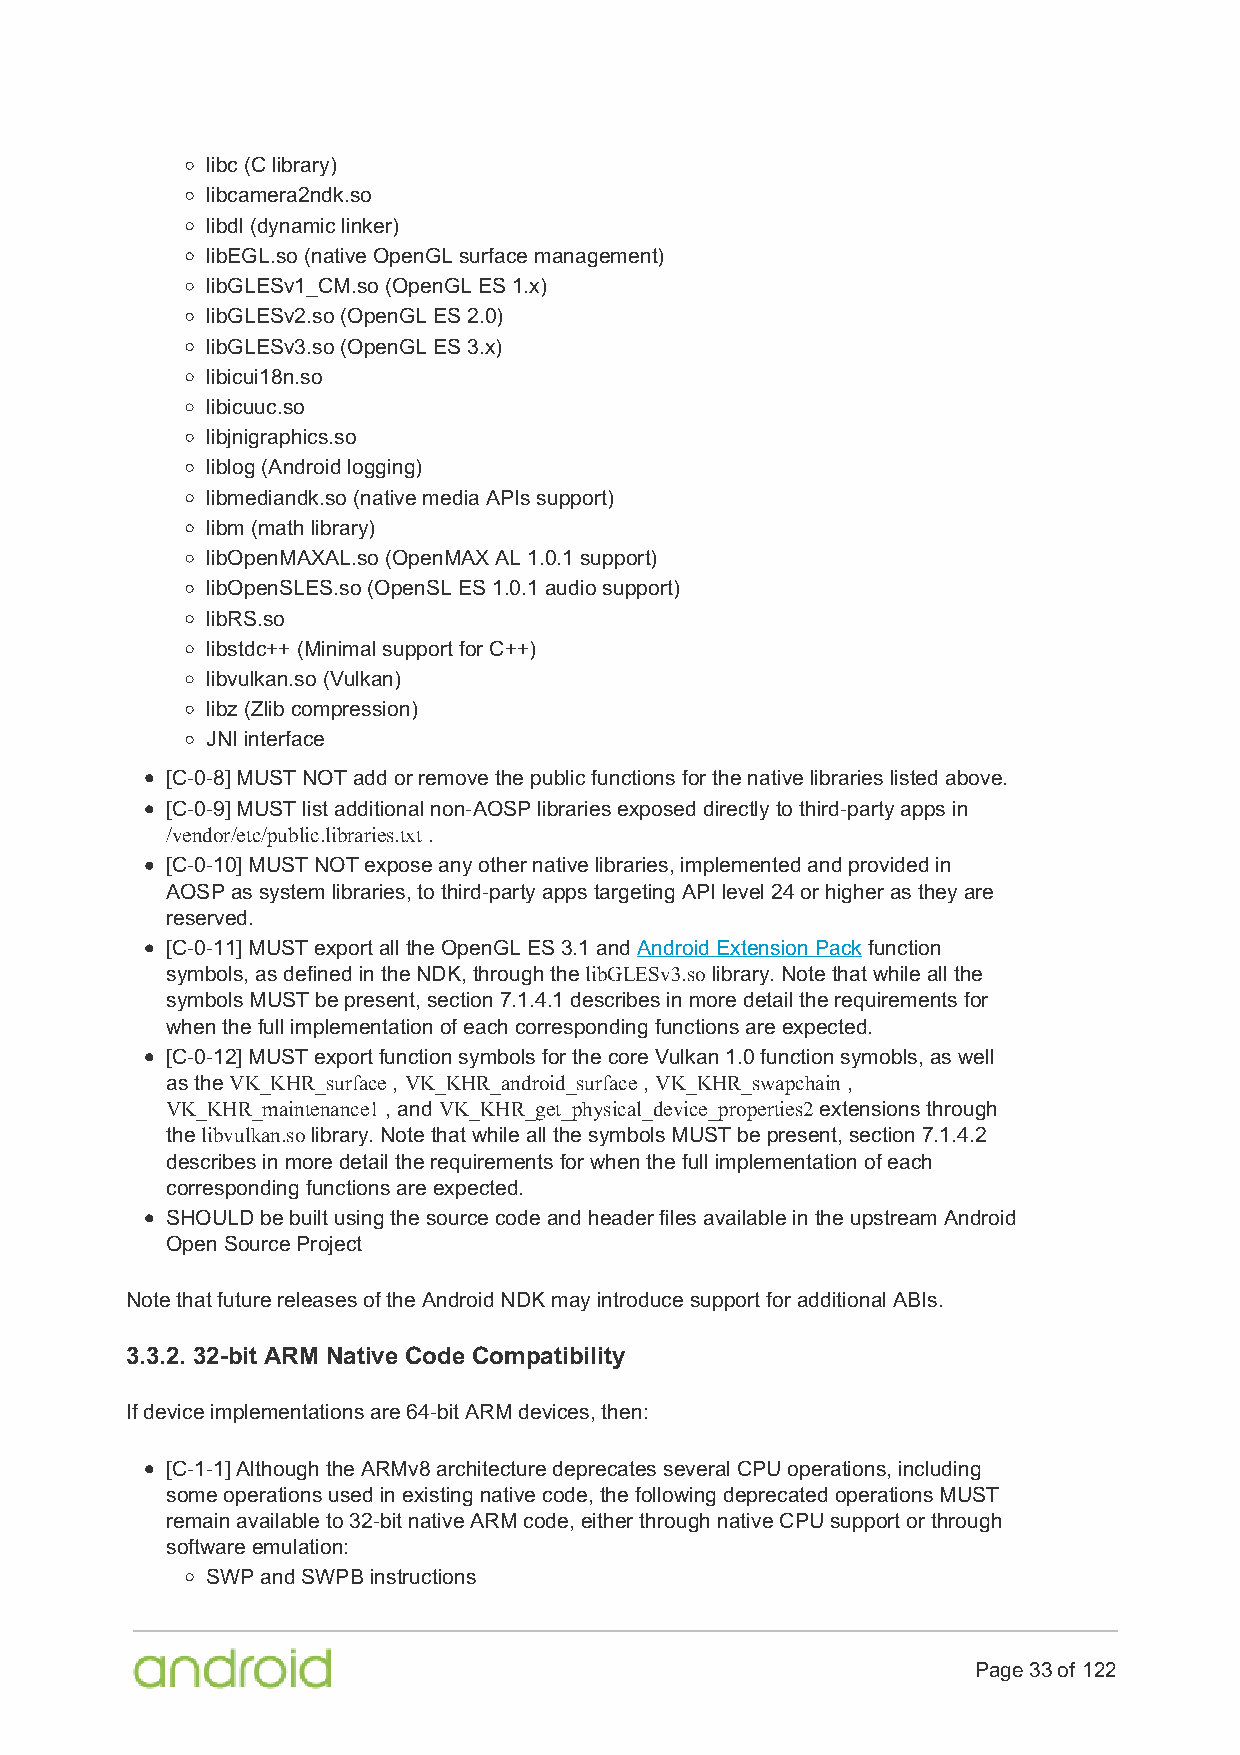
libc (C library)
 libcamera2ndk.so
 libdl (dynamic linker)
 libEGL.so (native OpenGL surface management)
 libGLESv1_CM.so (OpenGL ES 1.x)
 libGLESv2.so (OpenGL ES 2.0)
 libGLESv3.so (OpenGL ES 3.x)
 libicui18n.so
 libicuuc.so
 libjnigraphics.so
 liblog (Android logging)
 libmediandk.so (native media APIs support)
 libm (math library)
 libOpenMAXAL.so (OpenMAX AL 1.0.1 support)
 libOpenSLES.so (OpenSL ES 1.0.1 audio support)
 libRS.so
 libstdc++ (Minimal support for C++)
 libvulkan.so (Vulkan)
 libz (Zlib compression)
 JNI interface
 [C-0-8] MUST NOT add or remove the public functions for the native libraries listed above.
 [C-0-9] MUST list additional non-AOSP libraries exposed directly to third-party apps in
 /vendor/etc/public.libraries.txt .
 [C-0-10] MUST NOT expose any other native libraries, implemented and provided in
 AOSP as system libraries, to third-party apps targeting API level 24 or higher as they are
 reserved.
 [C-0-11] MUST export all the OpenGL ES 3.1 and Android Extension Pack function
 symbols, as defined in the NDK, through the libGLESv3.so library. Note that while all the
 symbols MUST be present, section 7.1.4.1 describes in more detail the requirements for
 when the full implementation of each corresponding functions are expected.
 [C-0-12] MUST export function symbols for the core Vulkan 1.0 function symobls, as well
 as the VK_KHR_surface , VK_KHR_android_surface , VK_KHR_swapchain ,
 VK_KHR_maintenance1 , and VK_KHR_get_physical_device_properties2 extensions through
 the libvulkan.so library. Note that while all the symbols MUST be present, section 7.1.4.2
 describes in more detail the requirements for when the full implementation of each
 corresponding functions are expected.
 SHOULD be built using the source code and header files available in the upstream Android
 Open Source Project
 Note that future releases of the Android NDK may introduce support for additional ABIs.
 3.3.2. 32-bit ARM Native Code Compatibility
 If device implementations are 64-bit ARM devices, then:
 [C-1-1] Although the ARMv8 architecture deprecates several CPU operations, including
 some operations used in existing native code, the following deprecated operations MUST
 remain available to 32-bit native ARM code, either through native CPU support or through
 software emulation:
 SWP and SWPB instructions
 Page 33 of 122